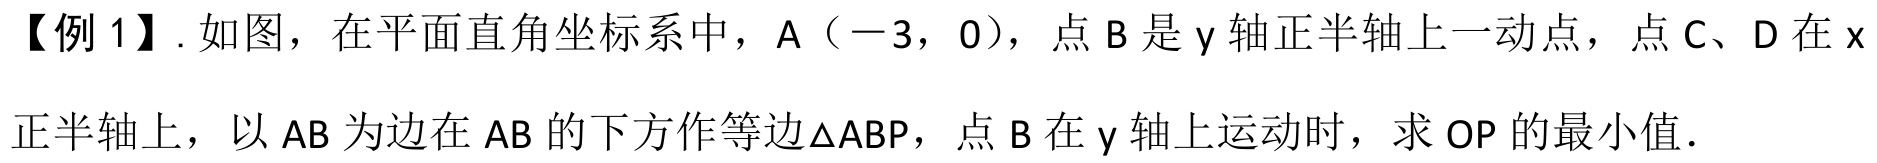
【例 1】. 如图，在平面直角坐标系中，A（－3，0），点 B 是 y 轴正半轴上一动点，点 C、D 在 x 正半轴上，以 AB 为边在 AB 的下方作等边\(\triangle ABP\)，点 B 在 y 轴上运动时，求 OP 的最小值．